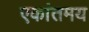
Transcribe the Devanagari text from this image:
एकांतमय